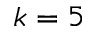
k = 5